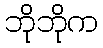
ဘိုဘိုက